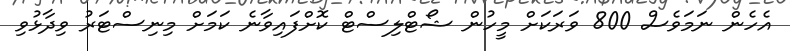
އެހެން ނަމަވެސް 800 ވަރަކަށް މީހުން ޝޯޓްލިސްޓް ކޮށްފައިވާނެ ކަމަށް މިނިސްޓަރު ވިދާޅުވި